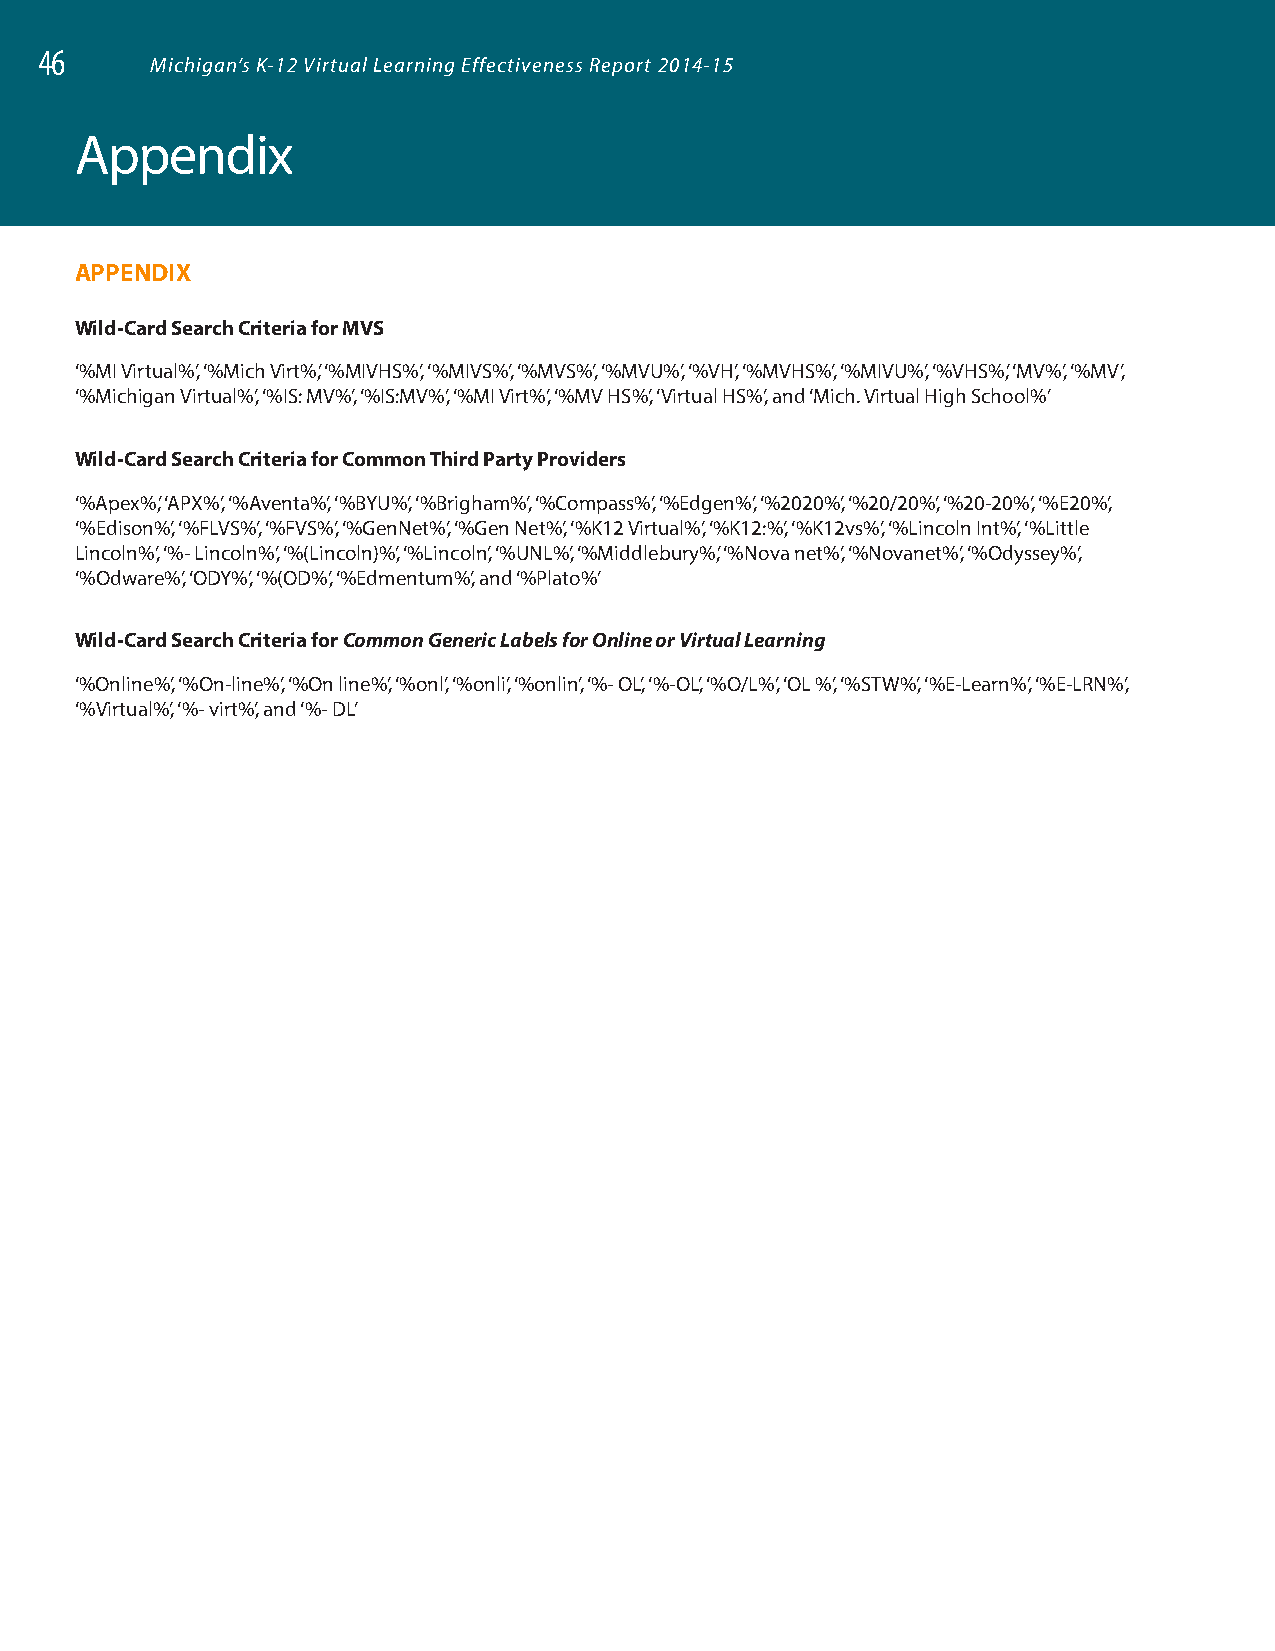
46
 Michigan’s K-12 Virtual Learning Effectiveness Report 2014-15
 046
 Appendix
 APPENDIX
 Wild-Card Search Criteria for MVS
 ‘%MI Virtual%’, ‘%Mich Virt%’, ‘%MIVHS%’, ‘%MIVS%’, ‘%MVS%’, ‘%MVU%’, ‘%VH’, ‘%MVHS%’, ‘%MIVU%’, ‘%VHS%’, ‘MV%’, ‘%MV’,
 ‘%Michigan Virtual%’, ‘%IS: MV%’, ‘%IS:MV%’, ‘%MI Virt%’, ‘%MV HS%’, ‘Virtual HS%’, and ‘Mich. Virtual High School%’
 Wild-Card Search Criteria for Common Third Party Providers
 ‘%Apex%’, ‘APX%’, ‘%Aventa%’, ‘%BYU%’, ‘%Brigham%’, ‘%Compass%’, ‘%Edgen%’, ‘%2020%’, ‘%20/20%’, ‘%20-20%’, ‘%E20%’,
 ‘%Edison%’, ‘%FLVS%’, ‘%FVS%’, ‘%GenNet%’, ‘%Gen Net%’, ‘%K12 Virtual%’, ‘%K12:%’, ‘%K12vs%’, ‘%Lincoln Int%’, ‘%Little
 Lincoln%’, ‘%- Lincoln%’, ‘%(Lincoln)%’, ‘%Lincoln’, ‘%UNL%’, ‘%Middlebury%’, ‘%Nova net%’, ‘%Novanet%’, ‘%Odyssey%’,
 ‘%Odware%’, ‘ODY%’, ‘%(OD%’, ‘%Edmentum%’, and ‘%Plato%’
 Wild-Card Search Criteria for Common Generic Labels for Online or Virtual Learning
 ‘%Online%’, ‘%On-line%’, ‘%On line%’, ‘%onl’, ‘%onli’, ‘%onlin’, ‘%- OL’, ‘%-OL’, ‘%O/L%’, ‘OL %’, ‘%STW%’, ‘%E-Learn%’, ‘%E-LRN%’,
 ‘%Virtual%’, ‘%- virt%’, and ‘%- DL’